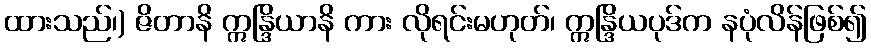
ထားသည်၊) ဇိတာနိ ဣန္ဒြိယာနိ ကား လိုရင်းမဟုတ်၊ ဣန္ဒြိယပုဒ်က နပုံလိန်ဖြစ်၍